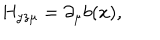
LaTeX: H _ { y z \mu } = \partial _ { \mu } b ( x ) ,